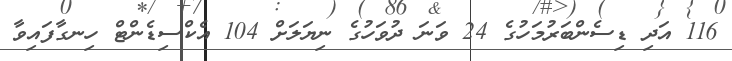
116 އަދި ޑިސެންބަރުމަހުގެ 24 ވަނަ ދުވަހުގެ ނިޔަލަށް 104 އެކްސިޑެންޓް ހިނގާފައިވާ